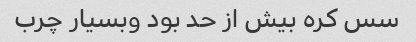
سس کره بیش از حد بود وبسیار چرب